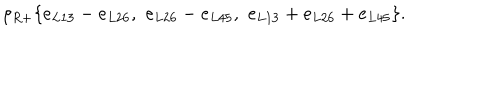
\rho _ { R + } \{ e _ { L 1 3 } - e _ { L 2 6 } , \, \, e _ { L 2 6 } - e _ { L 4 5 } , \, \, e _ { L 1 3 } + e _ { L 2 6 } + e _ { L 4 5 } \} .